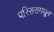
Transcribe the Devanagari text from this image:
परिसरामधून